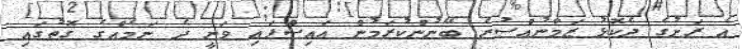
އެ ރަށުގެ ދެކޮޅު ޒަމާނުއްސުރެ ބޭނުންކުރަމުން އައިސްފައި ވަނީ ދެ ނަމެއްގެ ގޮތުގައި